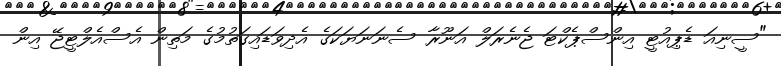
"ސީނިއަ ޑެޕިއުޓީ އިންސްޕެކްޓަ ޖެނެރަލް އަނޫރާ ސެނަނަޔަކަގެ އެދިވަޑައިގަތުމުގެ މަތިން އެސްއެލްޓީޖޭ އިން